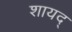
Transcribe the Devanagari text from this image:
शायद्